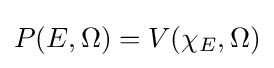
P(E,\Omega )=V(\chi _{E},\Omega )